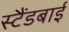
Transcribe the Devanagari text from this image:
स्‍टैंडबाई